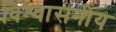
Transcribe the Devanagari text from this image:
विश्‍वासनीय